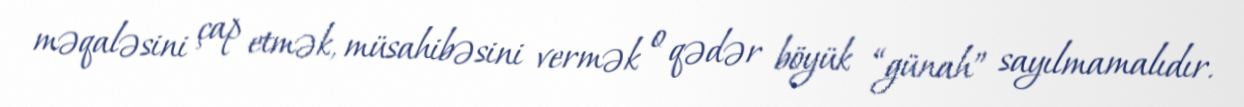
məqaləsini çap etmək, müsahibəsini vermək o qədər böyük “günah” sayılmamalıdır.